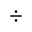
\div